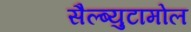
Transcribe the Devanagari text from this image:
सैल्ब्युटामोल